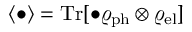
\langle \bullet \rangle = { { \mathrm { T r } } } [ \bullet \varrho _ { \mathrm { p h } } \otimes \varrho _ { \mathrm { e l } } ]